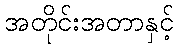
အတိုင်းအတာနှင့်